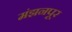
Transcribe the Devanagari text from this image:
मंझनपूर